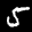
Label: 5